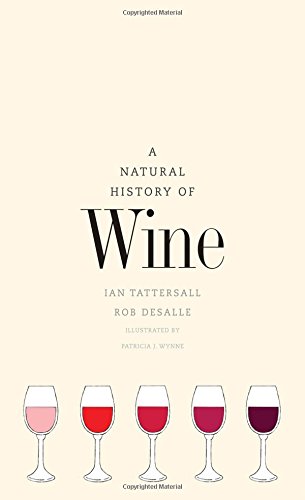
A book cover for A Natural History of Wine; Ian Tattersall; Science & Math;